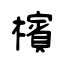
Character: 檳